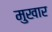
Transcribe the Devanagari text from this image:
मुखार